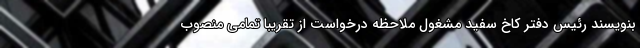
بنویسند رئیس دفتر کاخ سفید مشغول ملاحظه درخواست از تقریبا تمامی منصوب